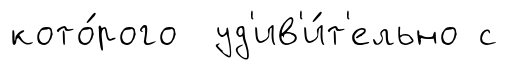
кото́рого уд'ив'и́т'ельно с